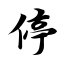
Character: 停